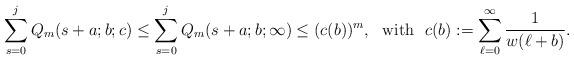
LaTeX: \begin{align*}\sum_{s=0}^{j}Q_{m}(s+a; b;c)\le \sum_{s=0}^{j}Q_{m}(s+a; b;\infty)\le (c(b))^m,~~\mbox{with}~~c(b):= \sum_{\ell=0}^\infty \frac{1}{w(\ell+b)}.\end{align*}